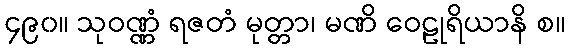
၄၉၀။ သုဝဏ္ဏံ ရဇတံ မုတ္တာ၊ မဏိ ဝေဠုရိယာနိ စ။